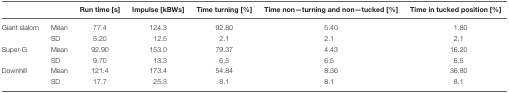
<table><thead><tr><td></td><td></td><td><b>Run time [s]</b></td><td><b>Impulse [kBWs]</b></td><td><b>Time turning [%]</b></td><td><b>Time non—turning and non—tucked [%]</b></td><td><b>Time in tucked position [%]</b></td></tr></thead><tbody><tr><td>Giant slalom</td><td>Mean</td><td>77.4</td><td>124.3</td><td>92.80</td><td>5.40</td><td>1.80</td></tr><tr><td></td><td>SD</td><td>5.20</td><td>12.5</td><td>2.1</td><td>2.1</td><td>2.1</td></tr><tr><td>Super-G</td><td>Mean</td><td>92.90</td><td>153.0</td><td>79.37</td><td>4.43</td><td>16.20</td></tr><tr><td></td><td>SD</td><td>9.70</td><td>13.3</td><td>6.5</td><td>6.5</td><td>6.5</td></tr><tr><td>Downhill</td><td>Mean</td><td>121.4</td><td>173.4</td><td>54.84</td><td>8.36</td><td>36.80</td></tr><tr><td></td><td>SD</td><td>17.7</td><td>25.3</td><td>8.1</td><td>8.1</td><td>8.1</td></tr></tbody></table>